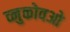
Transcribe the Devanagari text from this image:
व्नुकोवओ